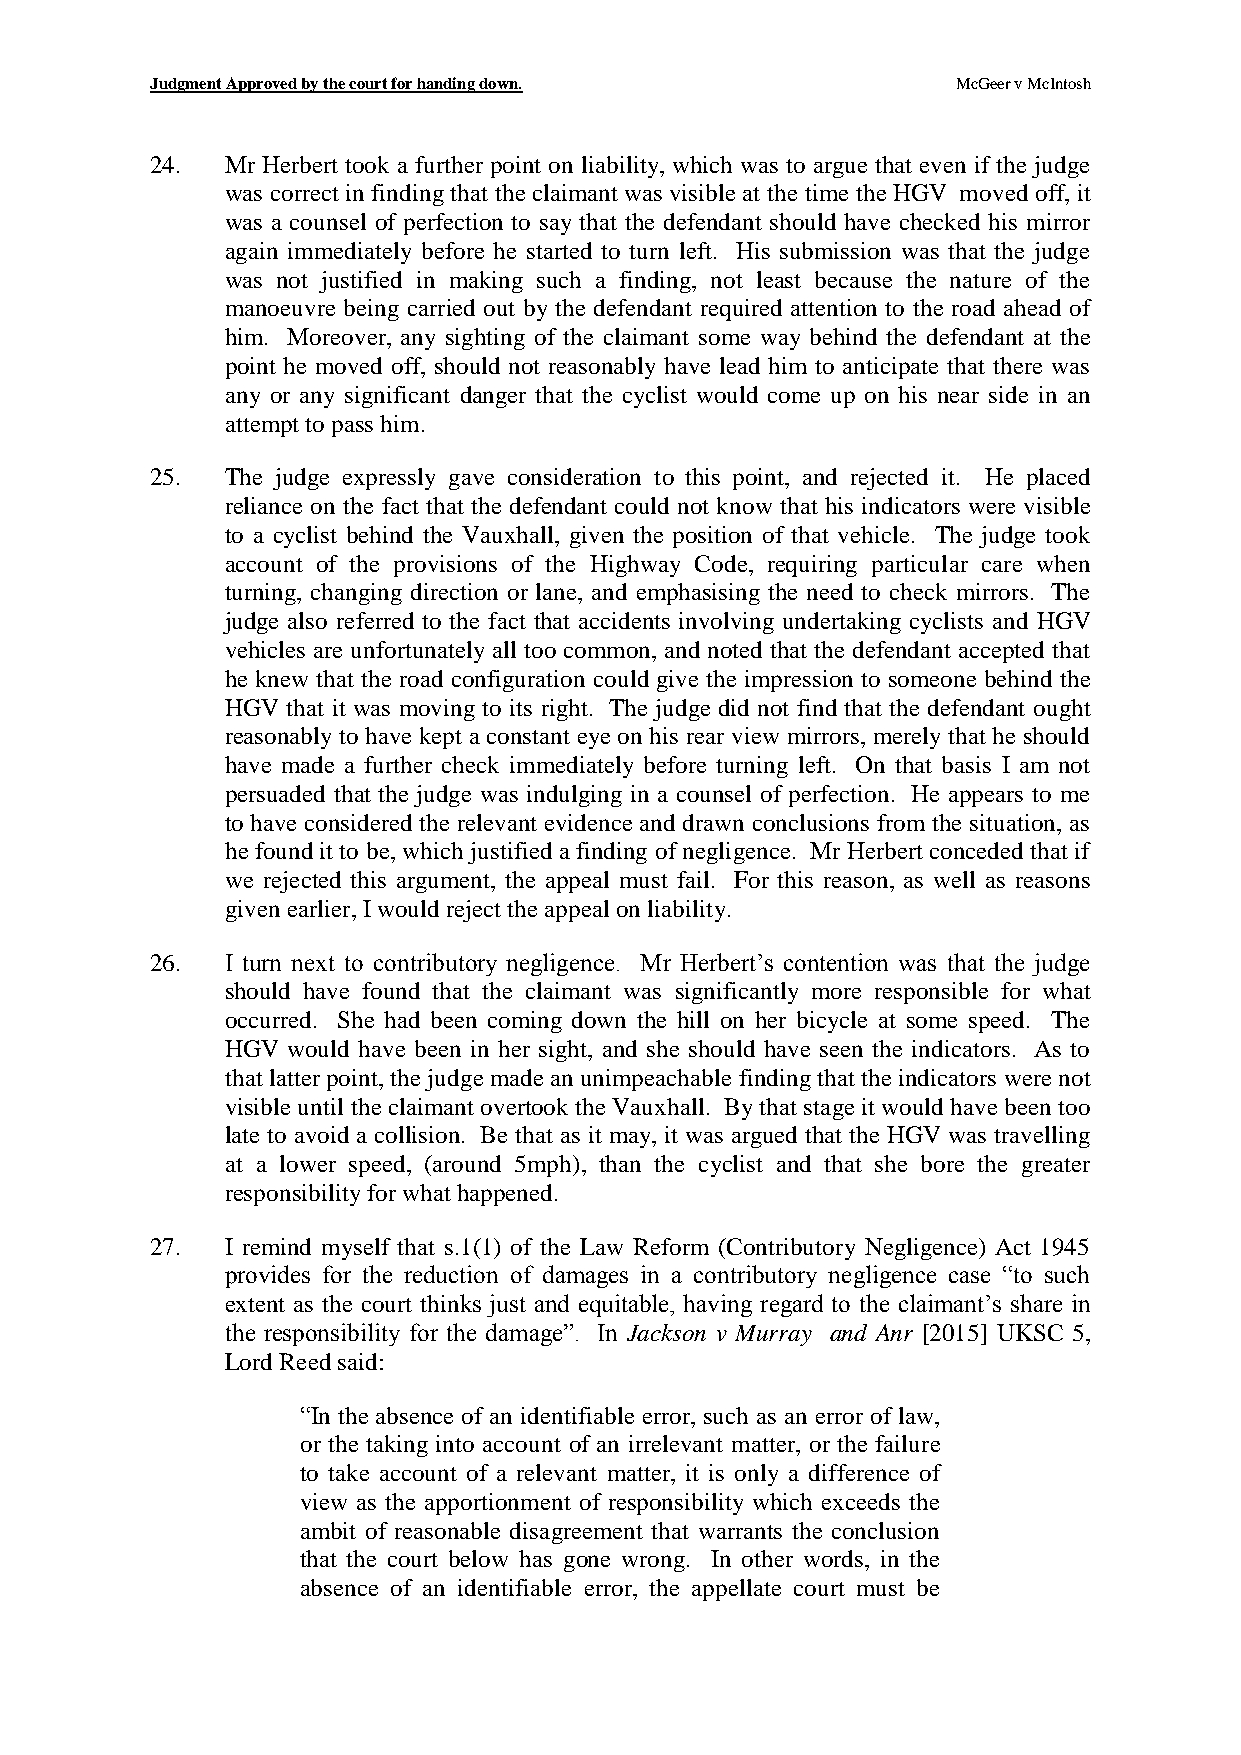
Judgment Approved by the court for handing down.     McGeer v McIntosh
 24.  Mr Herbert took a further point on liability, which was to argue that even if the judge
 was correct in finding that the claimant was visible at the time the HGV moved off, it
 was a counsel of perfection to say that the defendant should have checked his mirror
 again immediately before he started to turn left. His submission was that the judge
 was not justified in making such a finding, not least because the nature of the
 manoeuvre being carried out by the defendant required attention to the road ahead of
 him. Moreover, any sighting of the claimant some way behind the defendant at the
 point he moved off, should not reasonably have lead him to anticipate that there was
 any or any significant danger that the cyclist would come up on his near side in an
 attempt to pass him.
 25.  The judge expressly gave consideration to this point, and rejected it. He placed
 reliance on the fact that the defendant could not know that his indicators were visible
 to a cyclist behind the Vauxhall, given the position of that vehicle. The judge took
 account of the provisions of the Highway Code, requiring particular care when
 turning, changing direction or lane, and emphasising the need to check mirrors. The
 judge also referred to the fact that accidents involving undertaking cyclists and HGV
 vehicles are unfortunately all too common, and noted that the defendant accepted that
 he knew that the road configuration could give the impression to someone behind the
 HGV that it was moving to its right. The judge did not find that the defendant ought
 reasonably to have kept a constant eye on his rear view mirrors, merely that he should
 have made a further check immediately before turning left. On that basis I am not
 persuaded that the judge was indulging in a counsel of perfection. He appears to me
 to have considered the relevant evidence and drawn conclusions from the situation, as
 he found it to be, which justified a finding of negligence. Mr Herbert conceded that if
 we rejected this argument, the appeal must fail. For this reason, as well as reasons
 given earlier, I would reject the appeal on liability.
 26.  I turn next to contributory negligence. Mr Herbert’s contention was that the judge
 should have found that the claimant was significantly more responsible for what
 occurred. She had been coming down the hill on her bicycle at some speed. The
 HGV would have been in her sight, and she should have seen the indicators. As to
 that latter point, the judge made an unimpeachable finding that the indicators were not
 visible until the claimant overtook the Vauxhall. By that stage it would have been too
 late to avoid a collision. Be that as it may, it was argued that the HGV was travelling
 at a lower speed, (around 5mph), than the cyclist and that she bore the greater
 responsibility for what happened.
 27.  I remind myself that s.1(1) of the Law Reform (Contributory Negligence) Act 1945
 provides for the reduction of damages in a contributory negligence case “to such
 extent as the court thinks just and equitable, having regard to the claimant’s share in
 the responsibility for the damage”. In Jackson v Murray and Anr [2015] UKSC 5,
 Lord Reed said:
 “In the absence of an identifiable error, such as an error of law,
 or the taking into account of an irrelevant matter, or the failure
 to take account of a relevant matter, it is only a difference of
 view as the apportionment of responsibility which exceeds the
 ambit of reasonable disagreement that warrants the conclusion
 that the court below has gone wrong. In other words, in the
 absence of an identifiable error, the appellate court must be